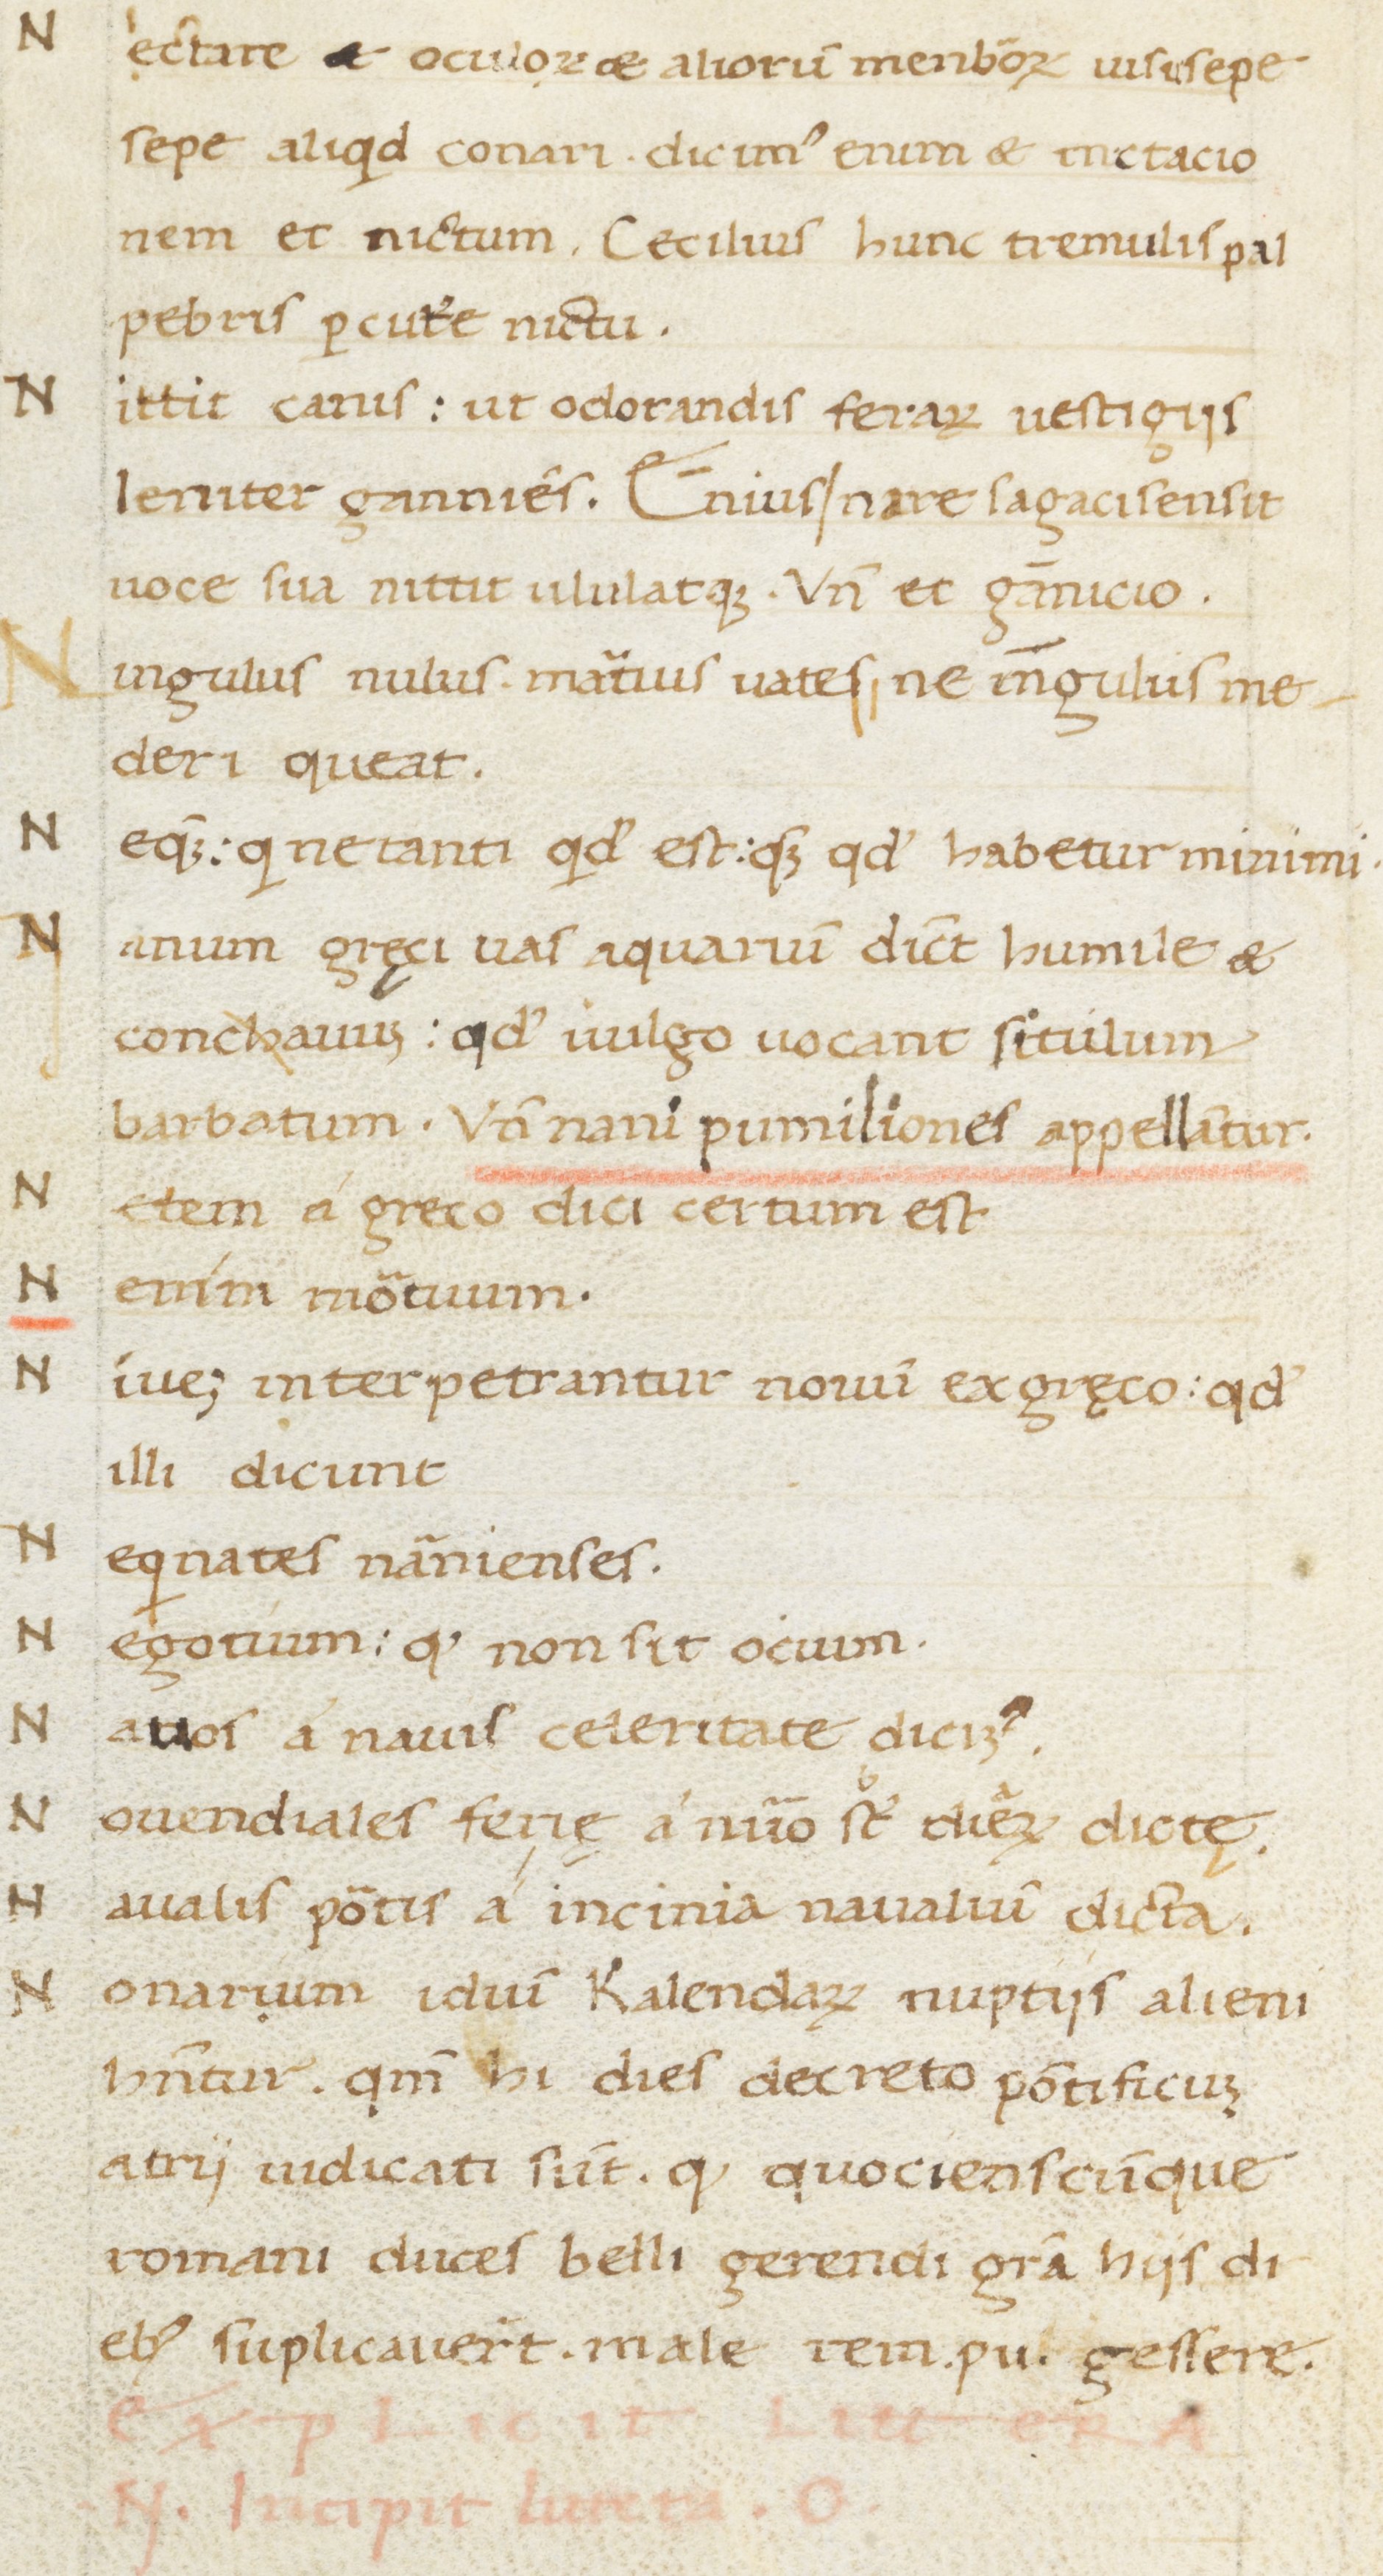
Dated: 1400–1499